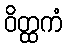
ဝိတ္ထကံ